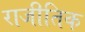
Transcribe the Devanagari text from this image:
राजीतिक